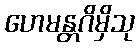
ဟေမန္တဂိမှိသု